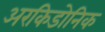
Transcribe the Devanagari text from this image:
अरकिडोनिक